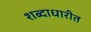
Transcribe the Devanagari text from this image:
शब्दाधारीत